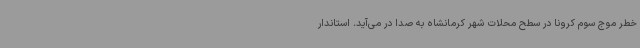
خطر موج سوم کرونا در سطح محلات شهر کرمانشاه به صدا در می‌آید. استاندار